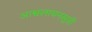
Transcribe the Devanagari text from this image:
आश्वलायनसूत्री